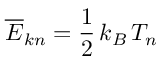
\overline { { E } } _ { k n } = \frac { 1 } { 2 } \, k _ { B } \, T _ { n }